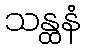
သန္ထနံ